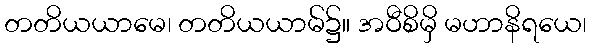
တတိယယာမေ၊ တတိယယာမ်၌။ အဝီစိမှိ မဟာနိရယေ၊